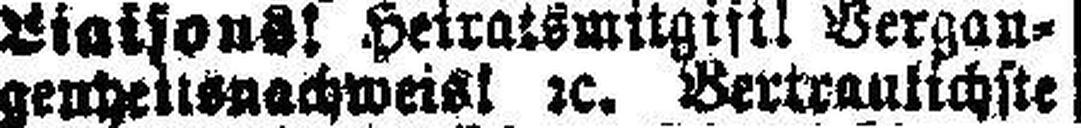
genheitsnachweist 2c. Vertraulichste